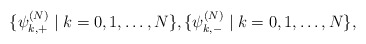
\begin{align*} \{\psi_{k,+}^{(N)}\;\rvert \; k=0,1,\ldots,N\},\{\psi_{k,-}^{(N)}\;\rvert \; k=0,1,\ldots,N\},\end{align*}